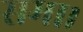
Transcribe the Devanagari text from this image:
समा।